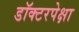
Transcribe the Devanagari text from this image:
डॉक्टरपेक्षा